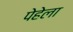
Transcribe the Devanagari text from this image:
पेहेला